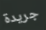
جريدة